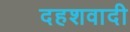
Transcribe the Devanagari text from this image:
दहशवादी